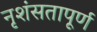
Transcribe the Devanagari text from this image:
नृशंसतापूर्ण